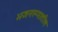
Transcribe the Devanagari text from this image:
भजनरूपातील